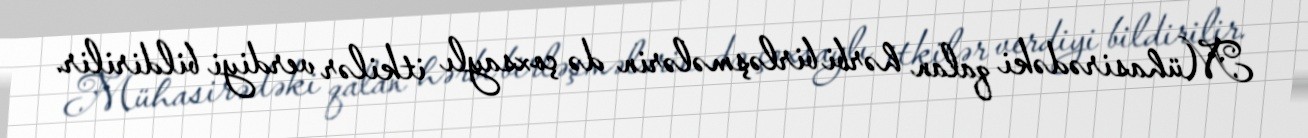
Mühasirədəki qalan hərbi birləşmələrin də çoxsaylı itkilər verdiyi bildirilir.